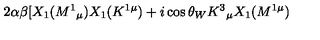
2 \alpha \beta \lbrack X _ { 1 } ( M ^ { 1 } { } _ { \mu } ) X _ { 1 } ( K ^ { 1 \mu } ) + i \cos \theta _ { W } K ^ { 3 } { } _ { \mu } X _ { 1 } ( M ^ { 1 \mu } )